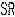
SR